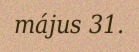
május 31.